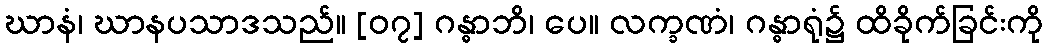
ဃာနံ၊ ဃာနပသာဒသည်။ [၀၇] ဂန္ဓာဘိ၊ ပေ။ လက္ခဏံ၊ ဂန္ဓာရုံ၌ ထိခိုက်ခြင်းကို